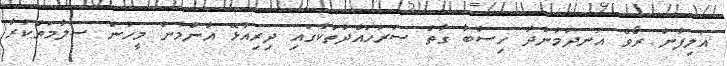
އަލިފާން ރޯވެ އަނދަމުންދާ ހިސާބާ ގާތް ސަރަހައްދުތަކުގައި ދިރިއުޅޭ އާންމުން މީހުން ސަލާމަތްކުރާ